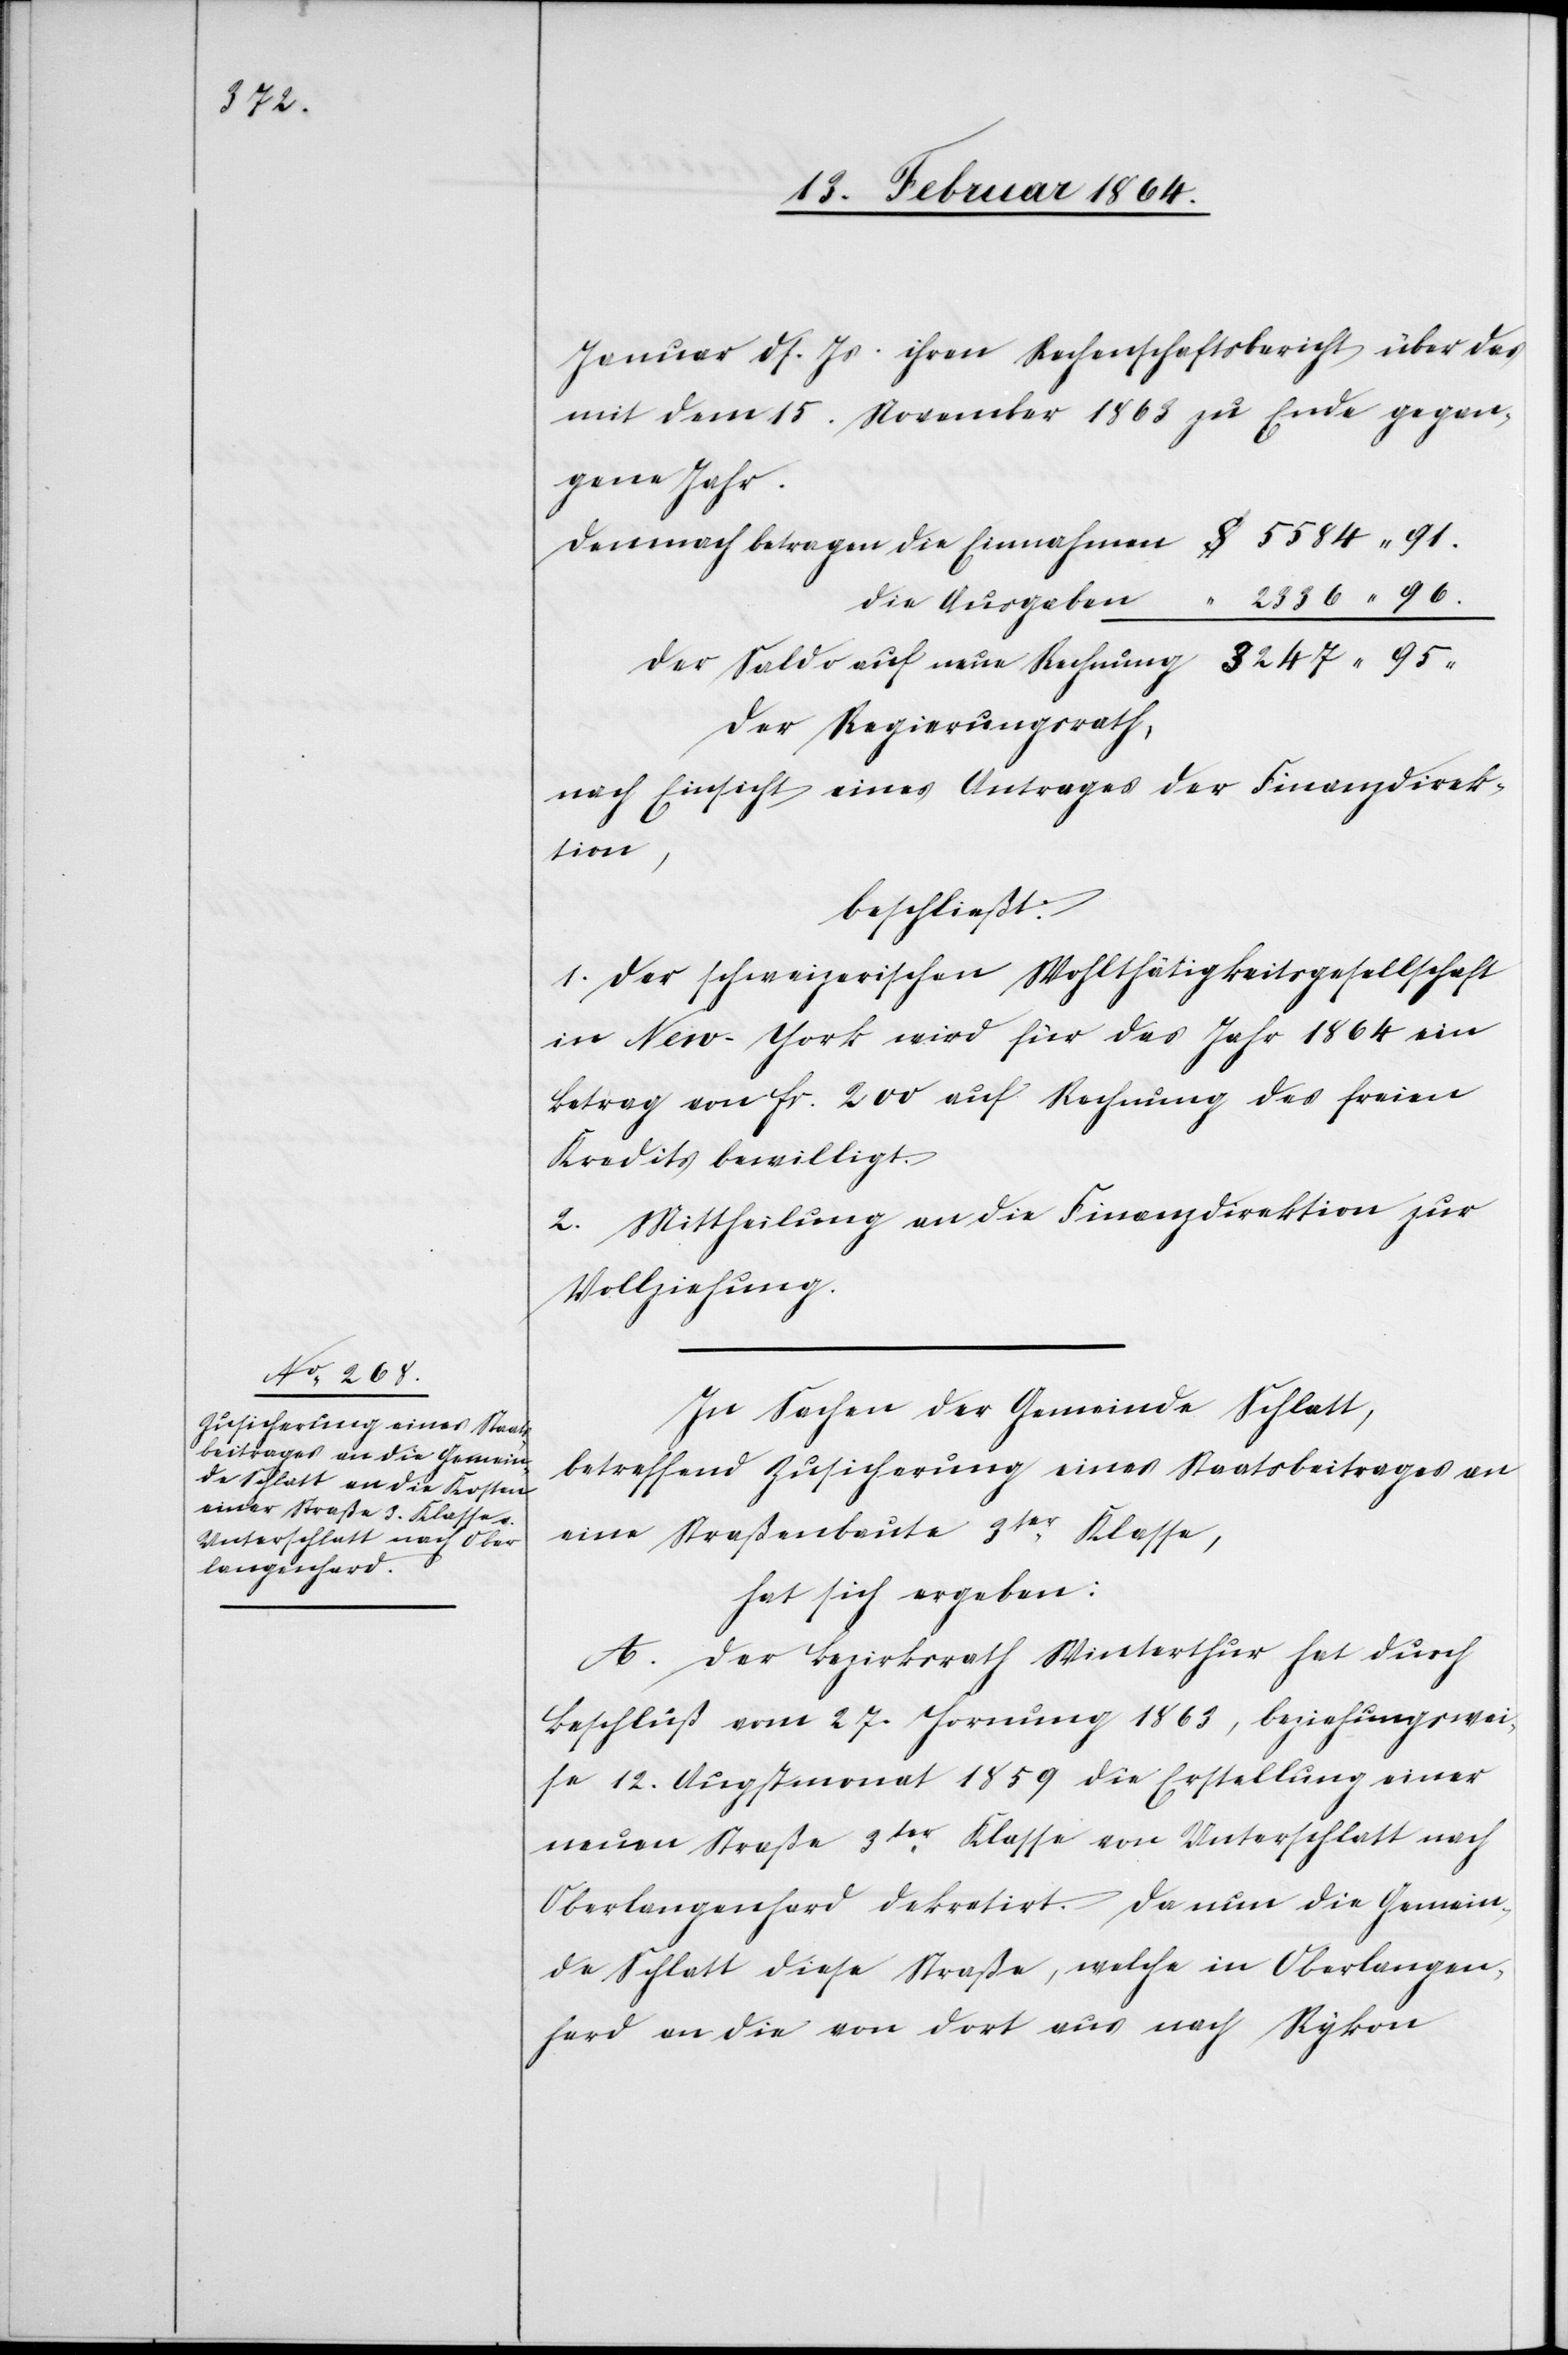
Januar ds. Js. ihren Rechenschaftsbericht über das
mit dem 15. November 1863 zu Ende gegan¬
gene Jahr.
Demnach betragen	die Einnahmen	$ 5584 91.
die Ausgaben	“ 2336 96.
der Saldo auf neue Rechnung	 3247 95
Der Regierungsrath,
nach Einsicht eines Antrages der Finanzdirek¬
tion,
beschließt:
1. Der schweizerischen Wohltätigkeitsgesellschaft
in New-York wird für das Jahr 1864 ein
Betrag von fr. 200 auf Rechnung des freien
Kredits bewilligt.
2. Mittheilung an die Finanzdirektion zur
Vollziehung.
In Sachen der Gemeinde Schlatt,
betreffend Zusicherung eines Staatsbeitrages an
eine Straßenbaute 3ter Klasse,
hat sich ergeben:
A. Der Bezirksrath Winterthur hat durch
Beschluß vom 27. Hornung 1863, beziehungswei¬
se 12. Augstmonat 1859 die Erstellung einer
neuen Straße 3ter Klasse von Unterschlatt nach
Oberlangenhard dekretirt. Da nun die Gemein¬
de Schlatt diese Straße, welche in Oberlangen¬
hard an die von dort aus nach Rykon